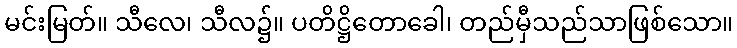
မင်းမြတ်။ သီလေ၊ သီလ၌။ ပတိဋ္ဌိတောခေါ၊ တည်မှီသည်သာဖြစ်သော။